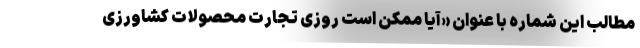
مطالب این شماره با عنوان «آیا ممکن است روزی تجارت محصولات کشاورزی